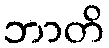
ဘာတိ